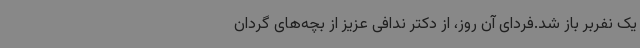
یک نفربر باز شد.فردای آن روز، از دکتر ندافی عزیز از بچه‌های گردان